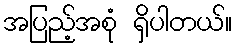
အပြည့်အစုံ ရှိပါတယ်။